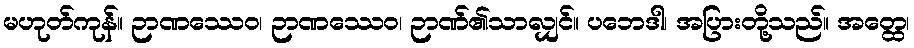
မဟုတ်ကုန်။ ဉာဏဿေဝ၊ ဉာဏဿေဝ၊ ဉာဏ်၏သာလျှင်။ ပဘေဒါ၊ အပြားတို့သည်။ အတ္ထေ၊